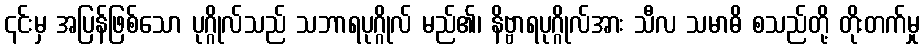
၎င်းမှ အပြန်ဖြစ်သော ပုဂ္ဂိုလ်သည် သဘာရပုဂ္ဂိုလ် မည်၏၊ နိဗ္ဗာရပုဂ္ဂိုလ်အား သီလ သမာဓိ စသည်တို့ တိုးတက်မှု